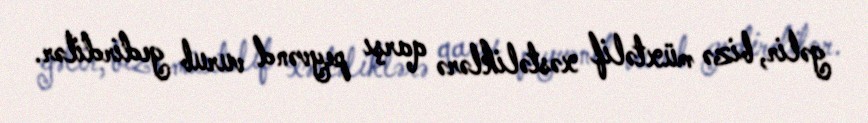
gəlir, bizə müxtəlif xəstəliklərə qarşı peyvənd vurub gedirdilər.